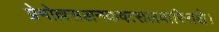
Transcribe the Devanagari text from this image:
प्रेमोल्लसज्जनकवत्सलवारिराशे।